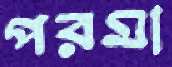
পরমা